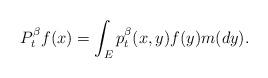
LaTeX: \begin{align*}P^\beta_t f(x)= \int_E p_t^\beta (x,y) f(y) m(dy).\end{align*}